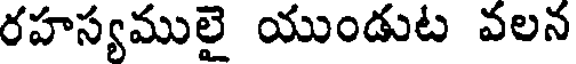
రహస్యములై యుండుట వలన